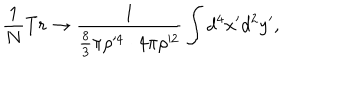
\frac { 1 } { N } T r \rightarrow \frac { 1 } { \frac { 8 } { 3 } \pi \rho ^ { \prime 4 } \cdot 4 \pi \rho ^ { \prime 2 } } \int d ^ { 4 } x ^ { \prime } d ^ { 2 } y ^ { \prime } ,